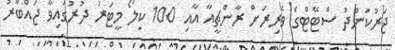
ޖަރުކަންދު ސްޓޭޓްގެ ވެރިރަށް ރާންޗީއާ އާއި 100 ކިލޯ މީޓަރު ދުރުގައިވާ ޖައްބާރު